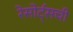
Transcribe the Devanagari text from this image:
रेसोर्ट्सची